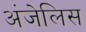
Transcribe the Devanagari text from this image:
अंजेलिस